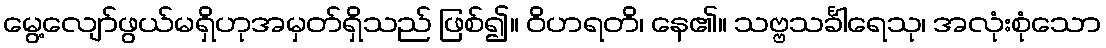
မွေ့လျော်ဖွယ်မရှိဟုအမှတ်ရှိသည် ဖြစ်၍။ ဝိဟရတိ၊ နေ၏။ သဗ္ဗသင်္ခါရေသု၊ အလုံးစုံသော